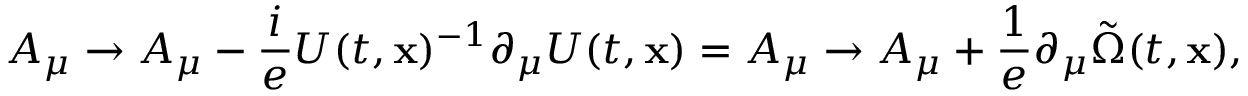
A _ { \mu } \to A _ { \mu } - \frac { i } { e } U ( t , { \bf x } ) ^ { - 1 } \partial _ { \mu } U ( t , { \bf x } ) = A _ { \mu } \to A _ { \mu } + \frac { 1 } { e } \partial _ { \mu } \tilde { \Omega } ( t , { \bf x } ) ,